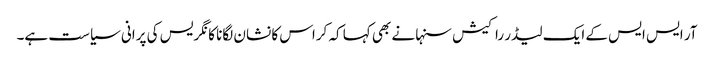
آر ایس ایس کے ایک لیڈر راکیش سنہا نے بھی کہا کہ کراس کا نشان لگانا کانگریس کی پرانی سیاست ہے۔